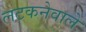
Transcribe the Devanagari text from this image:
लटकनेवाले